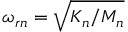
\omega _ { r n } = \sqrt { K _ { n } / M _ { n } }